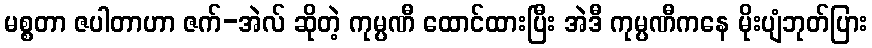
မစ္စတာ ဇပါတာဟာ ဇက်-အဲလ် ဆိုတဲ့ ကုမ္ပဏီ ထောင်ထားပြီး အဲဒီ ကုမ္ပဏီကနေ မိုးပျံဘုတ်ပြား